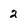
Character: 2